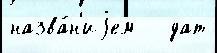
назва́н'иjем   дат